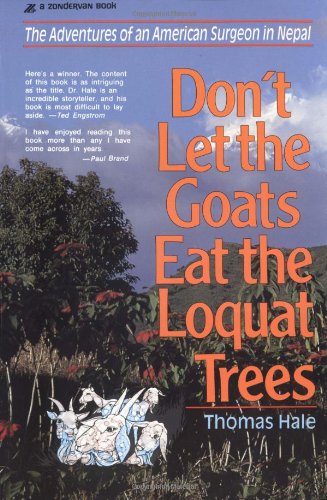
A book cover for Don't Let the Goats Eat the Loquat Trees; Thomas Hale; Travel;